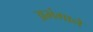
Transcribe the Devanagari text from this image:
अभंगाने